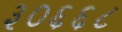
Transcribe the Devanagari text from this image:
३०६६८